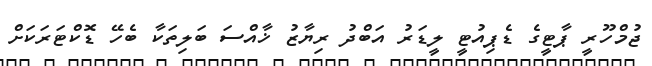
ޖުމްހޫރީ ޕާޓީގެ ޑެޕިއުޓީ ލީޑަރު އަބްދު ރިޔާޒު ޚާއްސަ ބަލިތަކާ ބެހޭ ޑޮކްޓަރަކަށް